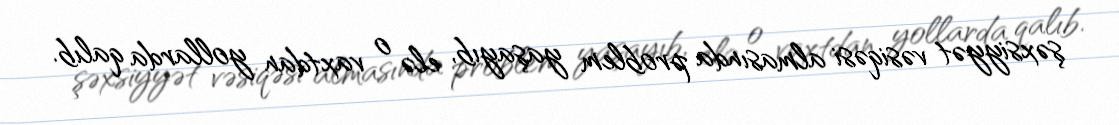
şəxsiyyət vəsiqəsi almasında problem yaşayıb, elə o vaxtdan yollarda qalıb.